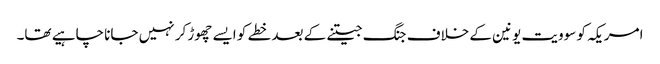
امریکہ کو سوویت یونین کے خلاف جنگ جیتنے کے بعد خطے کو ایسے چھوڑ کر نہیں جانا چاہیے تھا۔